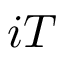
i T